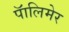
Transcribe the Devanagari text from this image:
पॅालिमेर